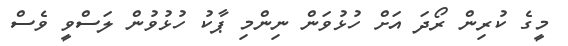
މީގެ ކުރިން ރޯދަ އަށް ހުޅުވަން ނިންމިި ޕާކު ހުޅުވުން ލަސްވީ ވެސް